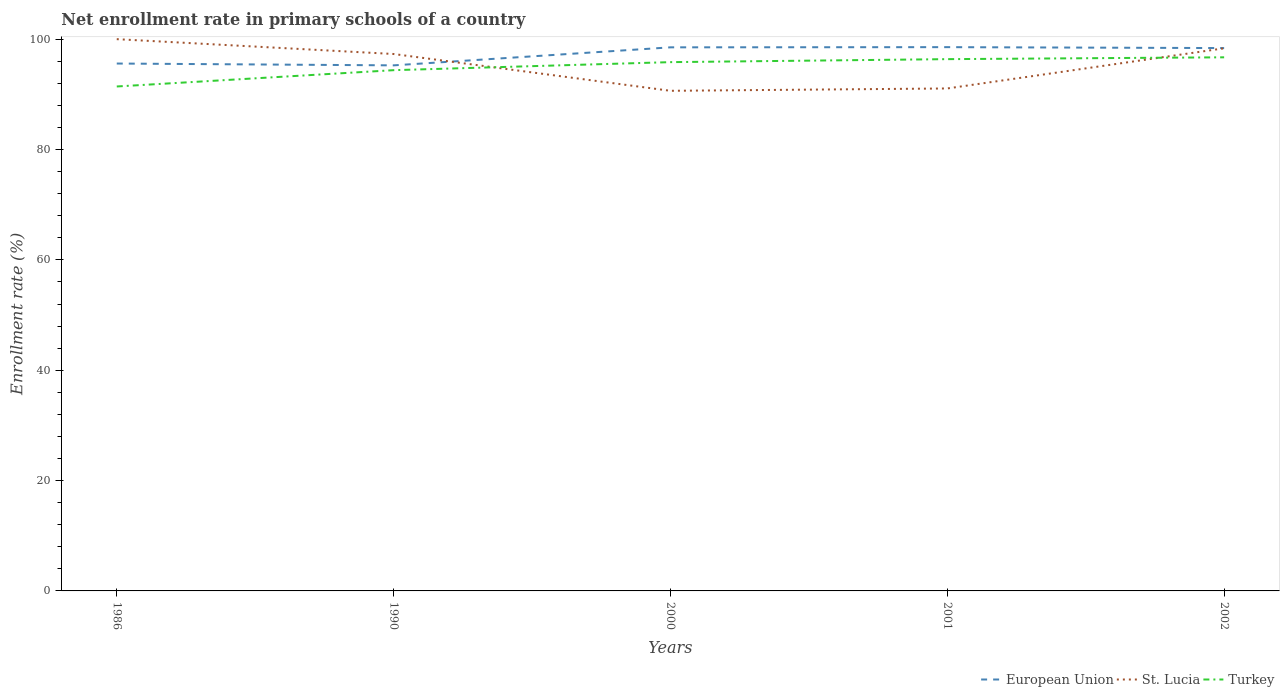
| Years | European Union | St. Lucia | Turkey |
 | --- | --- | --- | --- |
 | 1986 | 95.6 | 100 | 91.4 |
 | 1990 | 95.3 | 97.3 | 94.4 |
 | 2000 | 98.5 | 90.6 | 95.8 |
 | 2001 | 98.6 | 91.1 | 96.4 |
 | 2002 | 98.4 | 98.3 | 96.7 |